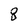
Character: 8